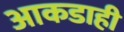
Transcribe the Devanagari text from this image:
आकडाही